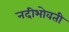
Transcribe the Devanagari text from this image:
नदीभोवती